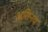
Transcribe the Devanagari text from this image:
अतिनव